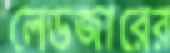
লেডজারের